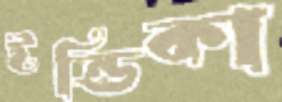
ইন্ডিকা